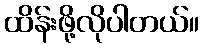
ထိန်းဖို့လိုပါတယ်။